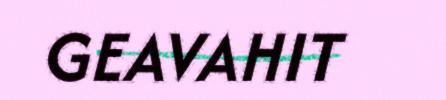
GEAVAHIT